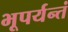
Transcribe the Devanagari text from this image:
भूपर्यन्तं